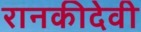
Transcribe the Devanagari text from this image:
रानकीदेवी